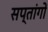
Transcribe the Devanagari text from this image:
सप्तांगों